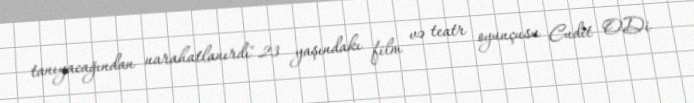
tanıyacağından narahatlanırdı".23 yaşındakı film və teatr oyunçusu Cudit O'Di